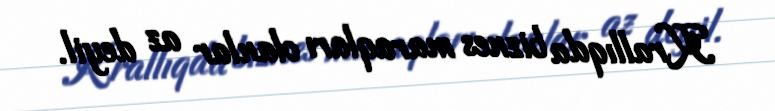
Krallıqda biznes maraqları olanlar az deyil.